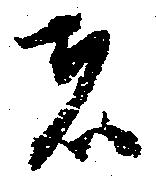
者